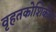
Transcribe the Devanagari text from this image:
वृहतकोशिकीय